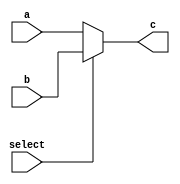
`timescale 1ns / 1ps
//////////////////////////////////////////////////////////////////////////////////
// Company: 
// Engineer: 
// 
// Design Name: 
// Module Name: mux_2to1
// Project Name: 
// Target Devices: 
// Tool Versions: 
// Description: 
// 
// Dependencies: 
// 
// Revision:
// Revision 0.01 - File Created
// Additional Comments:
// 
//////////////////////////////////////////////////////////////////////////////////


module mux_2to1(
    input [31:0] a,
    input [31:0] b,
    output reg [31:0] c,
    input select
    );
    always @(*)
    begin
    if (select)
        c <= b;
    else
        c <= a;
    end
endmodule